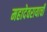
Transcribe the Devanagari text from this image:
महादेवरायाची